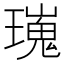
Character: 𤩫